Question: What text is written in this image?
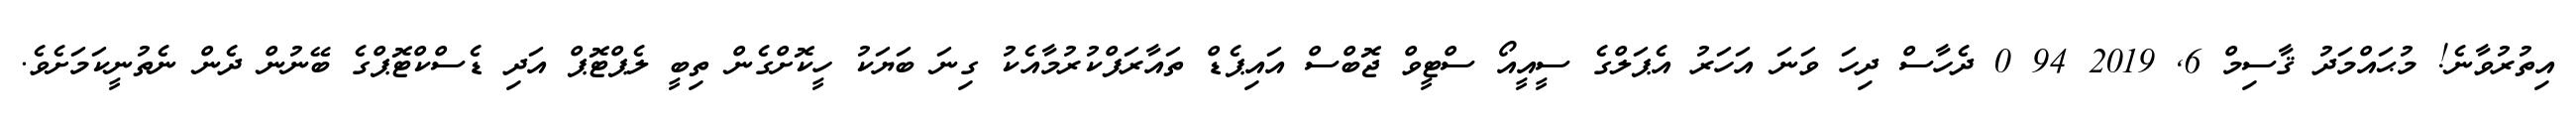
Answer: އިތުރުވާނެ! މުޙައްމަދު ޤާސިމް 6, 2019 94 0 ދެހާސް ދިހަ ވަނަ އަހަރު އެޕަލްގެ ސީއީއޯ ސްޓީވް ޖޮބްސް އައިޕެޑް ތައާރަފްކުރުމާއެކު ގިނަ ބަޔަކު ހީކޮށްގެން ތިބީ ލެޕްޓޮޕް އަދި ޑެސްކްޓޮޕްގެ ބޭނުން ދެން ނެތުނީކަމަށެވެ.